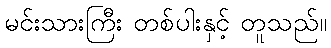
မင်းသားကြီး တစ်ပါးနှင့် တူသည်။